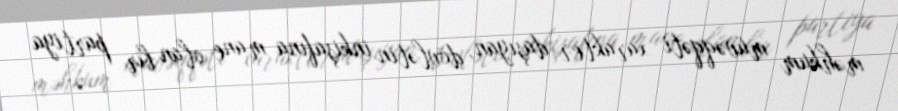
məhkum müvəqqəti xarakter daşıyan, dövlətin inkişafına mane olan bir partiya